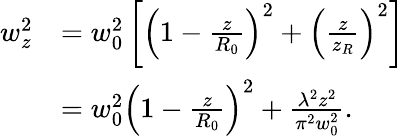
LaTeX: \begin{array}{rl}{w_{z}^{2}}&{=w_{0}^{2}\left[\left(1-\frac{z}{R_{0}}\right)^{2}+\left(\frac{z}{z_{R}}\right)^{2}\right]}\\ &{=w_{0}^{2}\left(1-\frac{z}{R_{0}}\right)^{2}+\frac{\lambda^{2}z^{2}}{\pi^{2}w_{0}^{2}}.}\end{array}